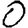
Digit: 0